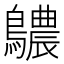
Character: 𪇌